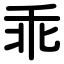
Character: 乖